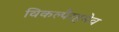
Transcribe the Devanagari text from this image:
विकल्पैरहमेव